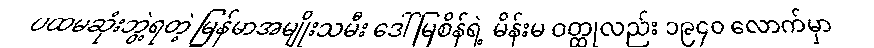
ပထမဆုံးဘွဲ့ရတဲ့ မြန်မာအမျိုးသမီး ဒေါ်မြစိန်ရဲ့ မိန်းမ ဝတ္ထုလည်း ၁၉၄၀ လောက်မှာ